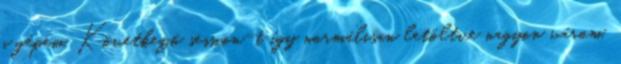
a gépem. Következő session-t így normálisan letöltve nagyon várom,